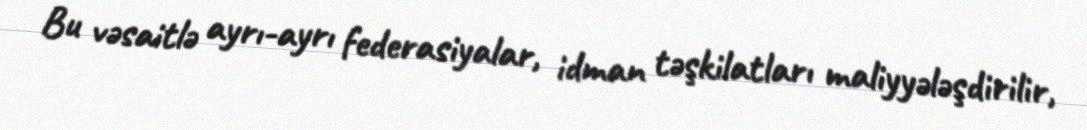
Bu vəsaitlə ayrı-ayrı federasiyalar, idman təşkilatları maliyyələşdirilir,